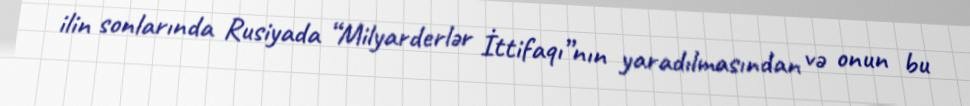
ilin sonlarında Rusiyada “Milyarderlər İttifaqı”nın yaradılmasından və onun bu